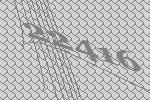
22416